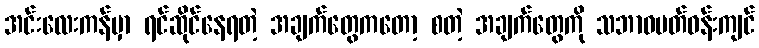
အင်းလေးကန်မှာ ရင်ဆိုင်နေရတဲ့ အချက်တွေကတော့ စတဲ့ အချက်တွေကို သဘာဝပတ်ဝန်းကျင်